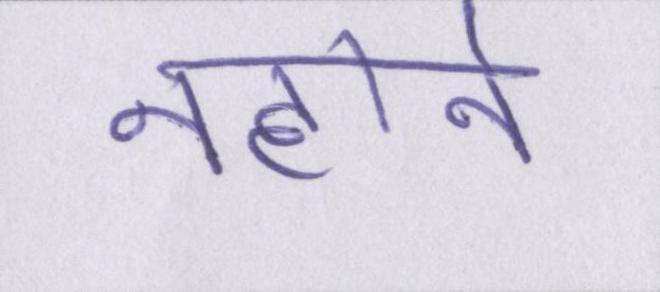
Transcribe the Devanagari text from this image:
नहाने